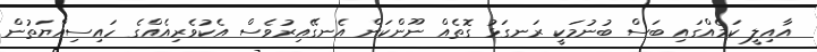
އާއިލީ ކަމެއްގައި ބަސް ބުނުމަކީ ރަނގަޅު ގޮތެއް ނޫންކަން އެނގޭއިރުވެސް އެކުވެރިއެއްގެ ހައިސިއްޔަތުން